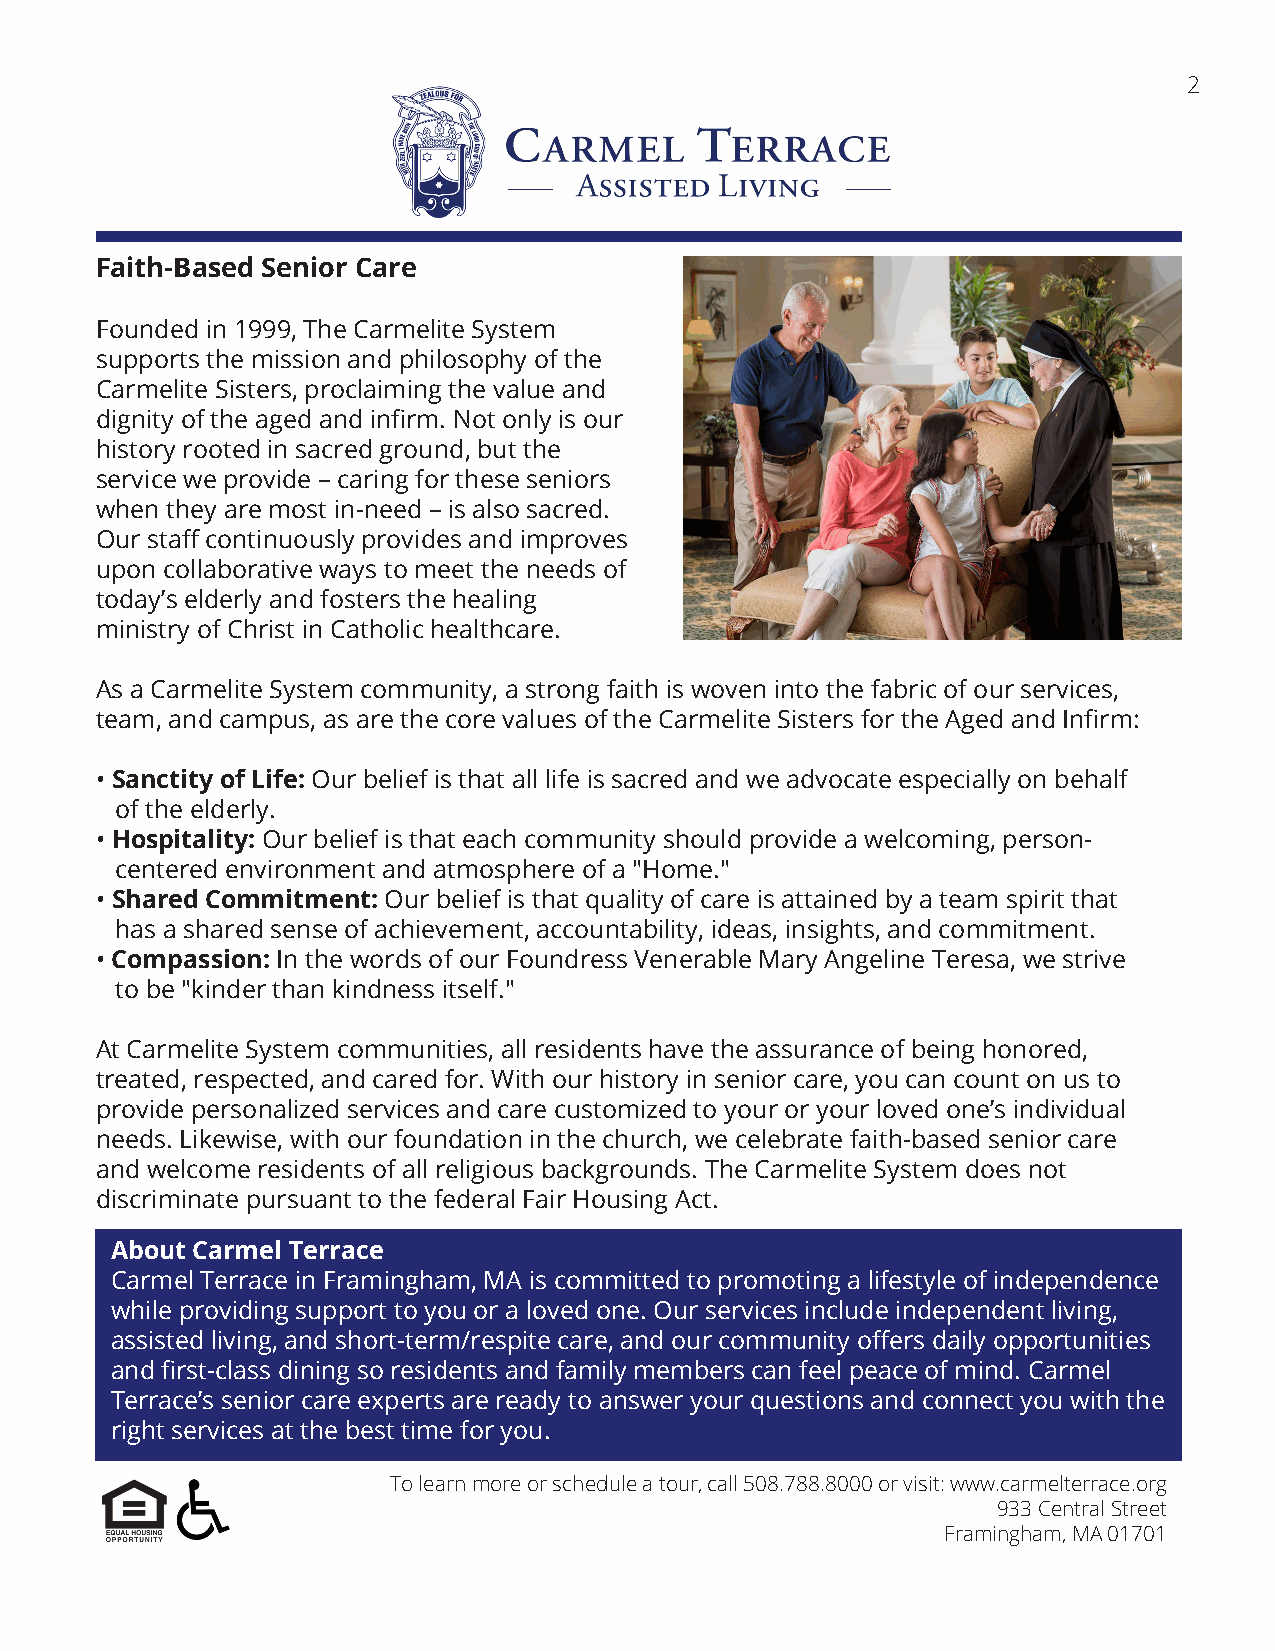
2
 Faith-Based Senior Care
 Founded in 1999, The Carmelite System
 supports the mission and philosophy of the
 Carmelite Sisters, proclaiming the value and
 dignity of the aged and infirm. Not only is our
 history rooted in sacred ground, but the
 service we provide – caring for these seniors
 when they are most in-need – is also sacred.
 Our staff continuously provides and improves
 upon collaborative ways to meet the needs of
 today’s elderly and fosters the healing
 ministry of Christ in Catholic healthcare.
 As a Carmelite System community, a strong faith is woven into the fabric of our services,
 team, and campus, as are the core values of the Carmelite Sisters for the Aged and Infirm:
 • Sanctity of Life: Our belief is that all life is sacred and we advocate especially on behalf
 of the elderly.
 • Hospitality: Our belief is that each community should provide a welcoming, person-
 centered environment and atmosphere of a "Home."
 • Shared Commitment: Our belief is that quality of care is attained by a team spirit that
 has a shared sense of achievement, accountability, ideas, insights, and commitment.
 • Compassion: In the words of our Foundress Venerable Mary Angeline Teresa, we strive
 to be "kinder than kindness itself."
 At Carmelite System communities, all residents have the assurance of being honored,
 treated, respected, and cared for. With our history in senior care, you can count on us to
 provide personalized services and care customized to your or your loved one’s individual
 needs. Likewise, with our foundation in the church, we celebrate faith-based senior care
 and welcome residents of all religious backgrounds. The Carmelite System does not
 discriminate pursuant to the federal Fair Housing Act.
 About Carmel Terrace
 Carmel Terrace in Framingham, MA is committed to promoting a lifestyle of independence
 while providing support to you or a loved one. Our services include independent living,
 assisted living, and short-term/respite care, and our community offers daily opportunities
 and first-class dining so residents and family members can feel peace of mind. Carmel
 Terrace’s senior care experts are ready to answer your questions and connect you with the
 right services at the best time for you.
 To learn more or schedule a tour, call 508.788.8000 or visit: www.carmelterrace.org
 933 Central Street
 Framingham, MA 01701